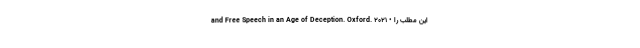
and Free Speech in an Age of Deception. Oxford. 2021 • این مطلب را